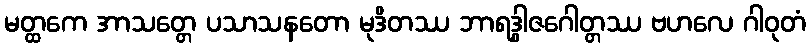
မတ္ထကေ အာသတ္တေ ပသာသနတော မုဒိတဿ ဘာရဒွါဇဂေါတ္တဿ ဗဟလေ ဂါဝုတံ